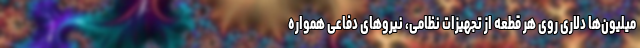
میلیون‌ها دلاری روی هر قطعه از تجهیزات نظامی، نیروهای دفاعی همواره